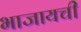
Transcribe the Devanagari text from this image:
भाजायची